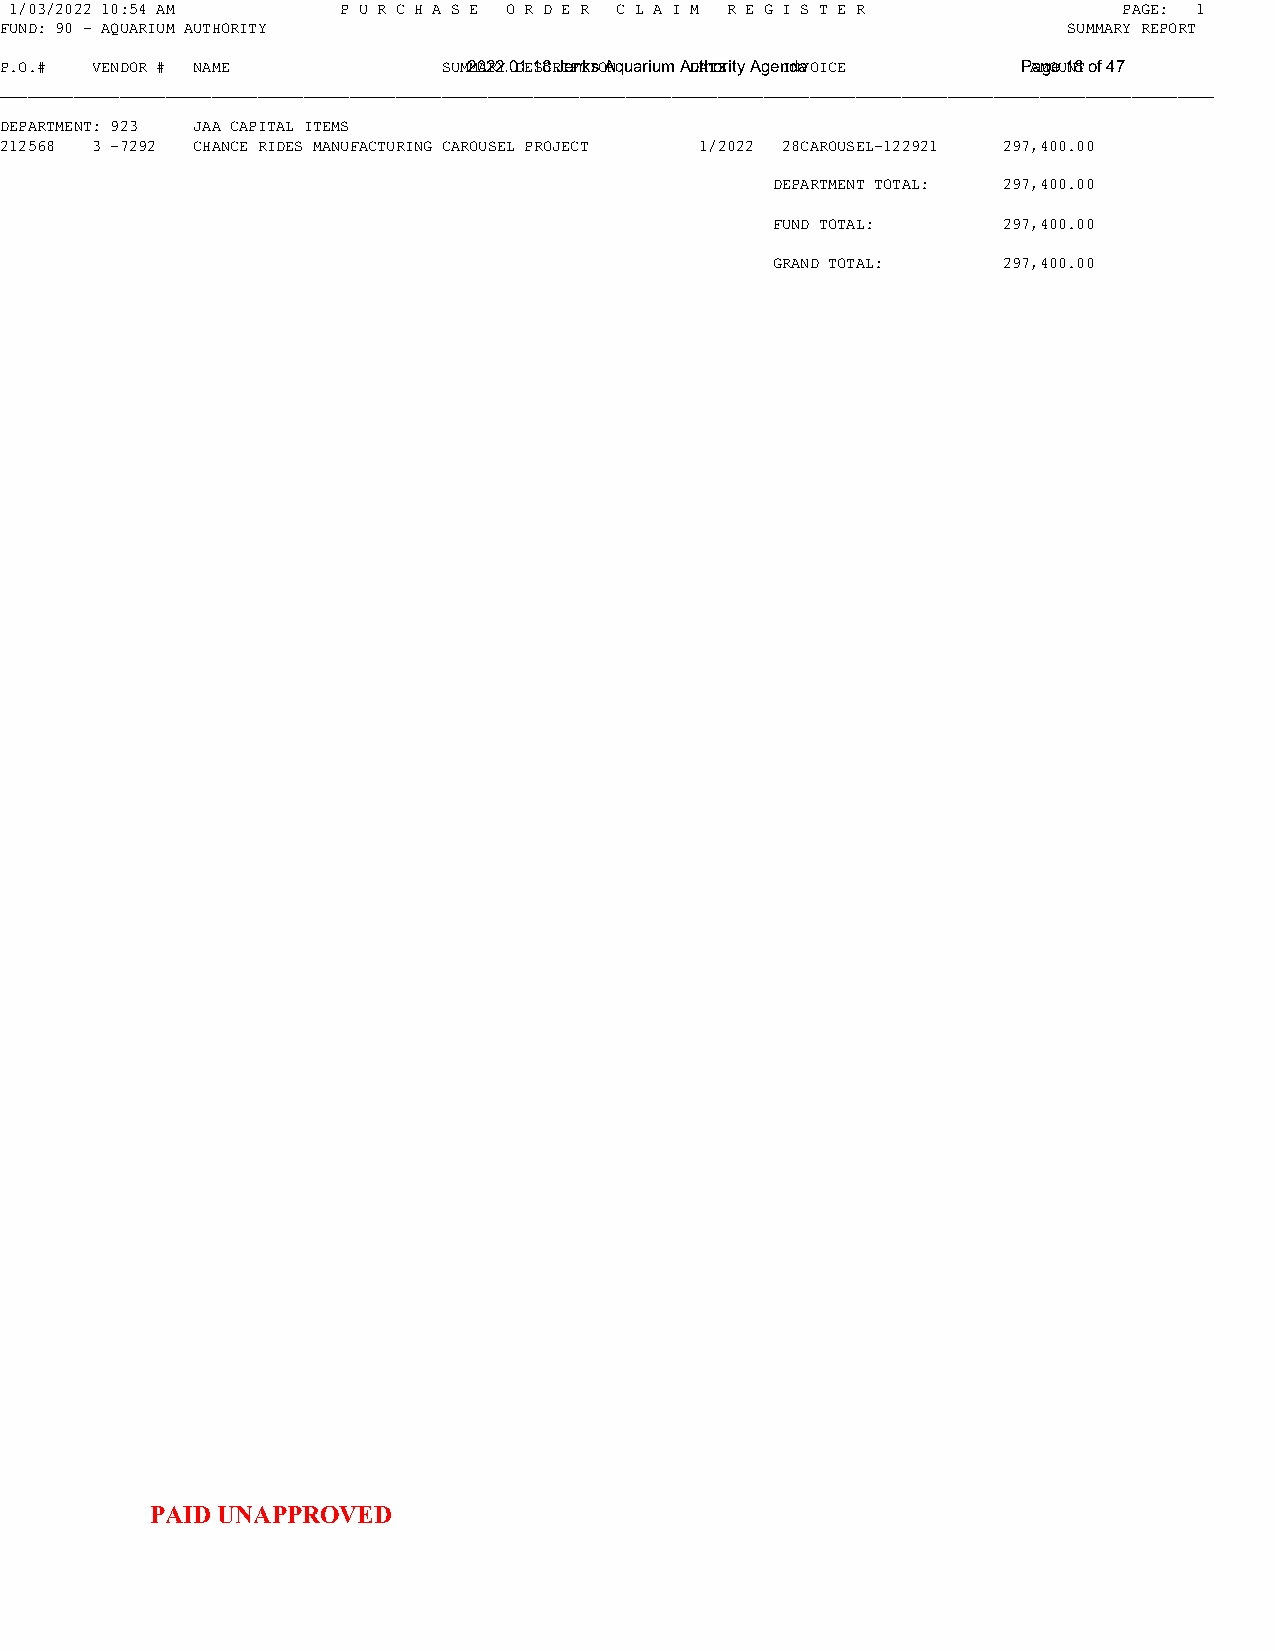
1/03/2022 10:54 AM    P U R C H A S E O R D E R C L A I M R E G I S T E R PAGE: 1
 FUND: 90 - AQUARIUM AUTHORITY                                          SUMMARY REPORT
 P.O.# VENDOR # NAME          SUM2M0A2R2Y. 0D1E.1S8C RJIePnTkIsO ANq u a r iu m A DuAthToEr it y A g e nIdNaVOICE PAaMgOeU 1N8T of 47
 ____________________________________________________________________________________________________________________________________
 DEPARTMENT: 923 JAA CAPITAL ITEMS
 212568 3 -7292 CHANCE RIDES MANUFACTURING CAROUSEL PROJECT 1/2022 28CAROUSEL-122921 297,400.00
 DEPARTMENT TOTAL: 297,400.00
 FUND TOTAL:    297,400.00
 GRAND TOTAL:   297,400.00
 PAID UNAPPROVED